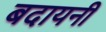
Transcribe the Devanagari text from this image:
बदायनी